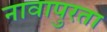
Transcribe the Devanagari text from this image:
नावापुरता